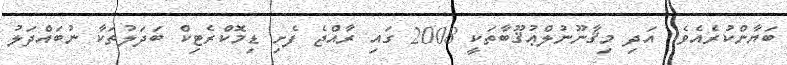
ބަޔާންކުރެއެވެ. އަދި މިޤާނޫނުލްޢުޤޫބާތަކީ 2008 ގައި ރާއްޖެ ފެށި ޑިމޮކްރެޓިކް ބަދަލުތަކާ ނުބައްދަލު